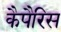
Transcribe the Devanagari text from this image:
कैपैरिस